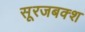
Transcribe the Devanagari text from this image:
सूरजबक्श